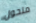
متحول